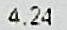
4.24